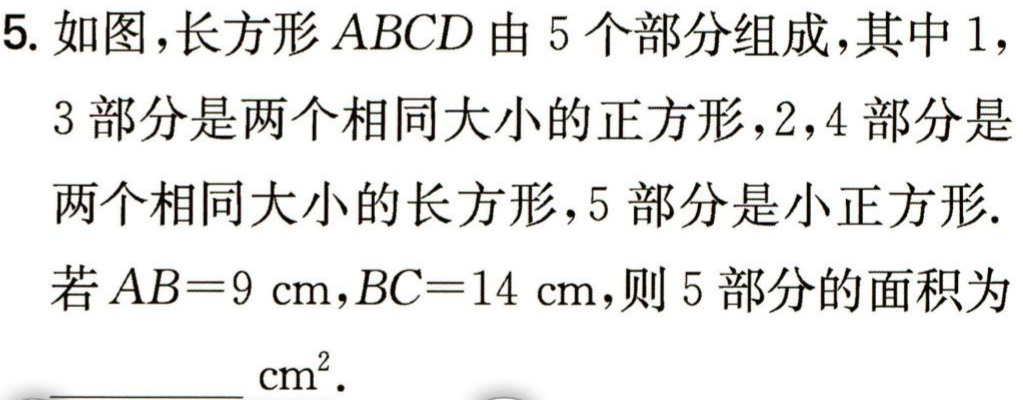
5. 如图，长方形\(ABCD\)由 \(5\) 个部分组成，其中 \(1\)，
3 部分是两个相同大小的正方形，\(2\)，\(4\) 部分是
两个相同大小的长方形，\(5\) 部分是小正方形.
若\(AB = 9\mathrm{cm},BC = 14\mathrm{cm}\)，则 \(5\) 部分的面积为
\(\underline{\quad\quad}\mathrm{cm}^{2}\).